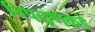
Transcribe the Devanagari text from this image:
चिपळूणकडे